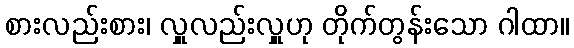
စားလည်းစား၊ လှူလည်းလှူဟု တိုက်တွန်းသော ဂါထာ။